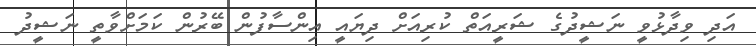
އަދި ވިދާޅުވީ ނަޝީދުގެ ޝަރީއަތް ކުރިއަށް ދިޔައީ އިންސާފުން ބޭރުން ކަމަށްވާތީ ނަޝީދު